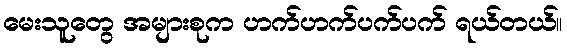
မေးသူတွေ အများစုက ဟက်ဟက်ပက်ပက် ရယ်တယ်။